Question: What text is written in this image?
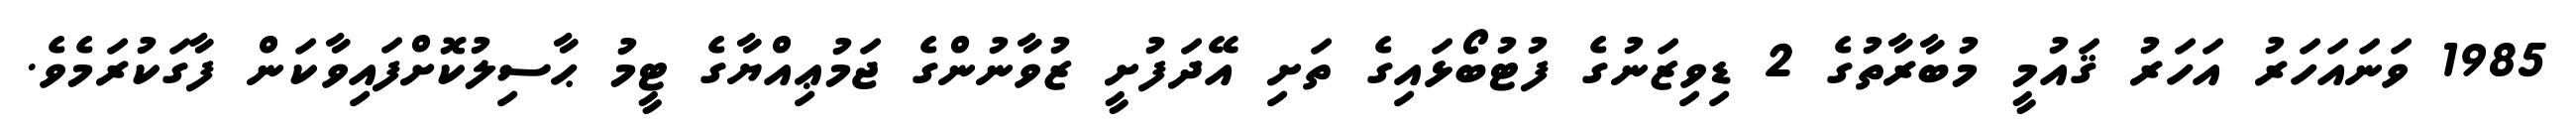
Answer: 1985 ވަނައަހަރު އަހަރު ޤައުމީ މުބާރާތުގެ 2 ޑިވިޒަނުގެ ފުޓުބޯޅައިގެ ތަށި އޭދަފުށީ ޒުވާނުންގެ ޖަމުޢިއްޔާގެ ޓީމު ޙާސިލުކޮށްފައިވާކަން ފާގަކުރަމެވެ.